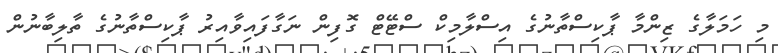
މި ހަމަލާގެ ޒިންމާ ޕާކިސްތާނުގެ އިސްލާމިކް ސްޓޭޓް ގޮފިން ނަގާފައިވާއިރު ޕާކިސްތާނުގެ ތާލިބާނުން